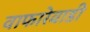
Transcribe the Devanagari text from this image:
वाफारेवाडी